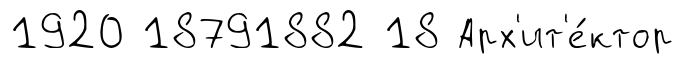
1920 18791882 18 Арх'ит'е́ктор